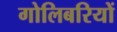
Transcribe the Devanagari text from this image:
गोलिबरियों